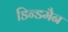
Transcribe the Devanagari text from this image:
डिन्डमैन